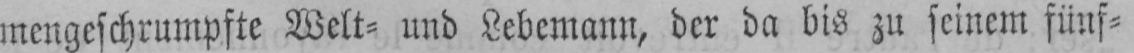
mengeschrumpfte Welt⸗ und Lebemann, der da bis zu seinem fünf⸗